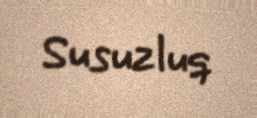
Susuzluq